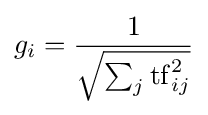
g_{i}={\frac {1}{\sqrt {\sum _{j}\mathrm {tf} _{ij}^{2}}}}